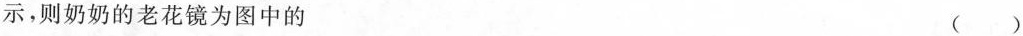
示，则奶奶的老花镜为图中的 ()